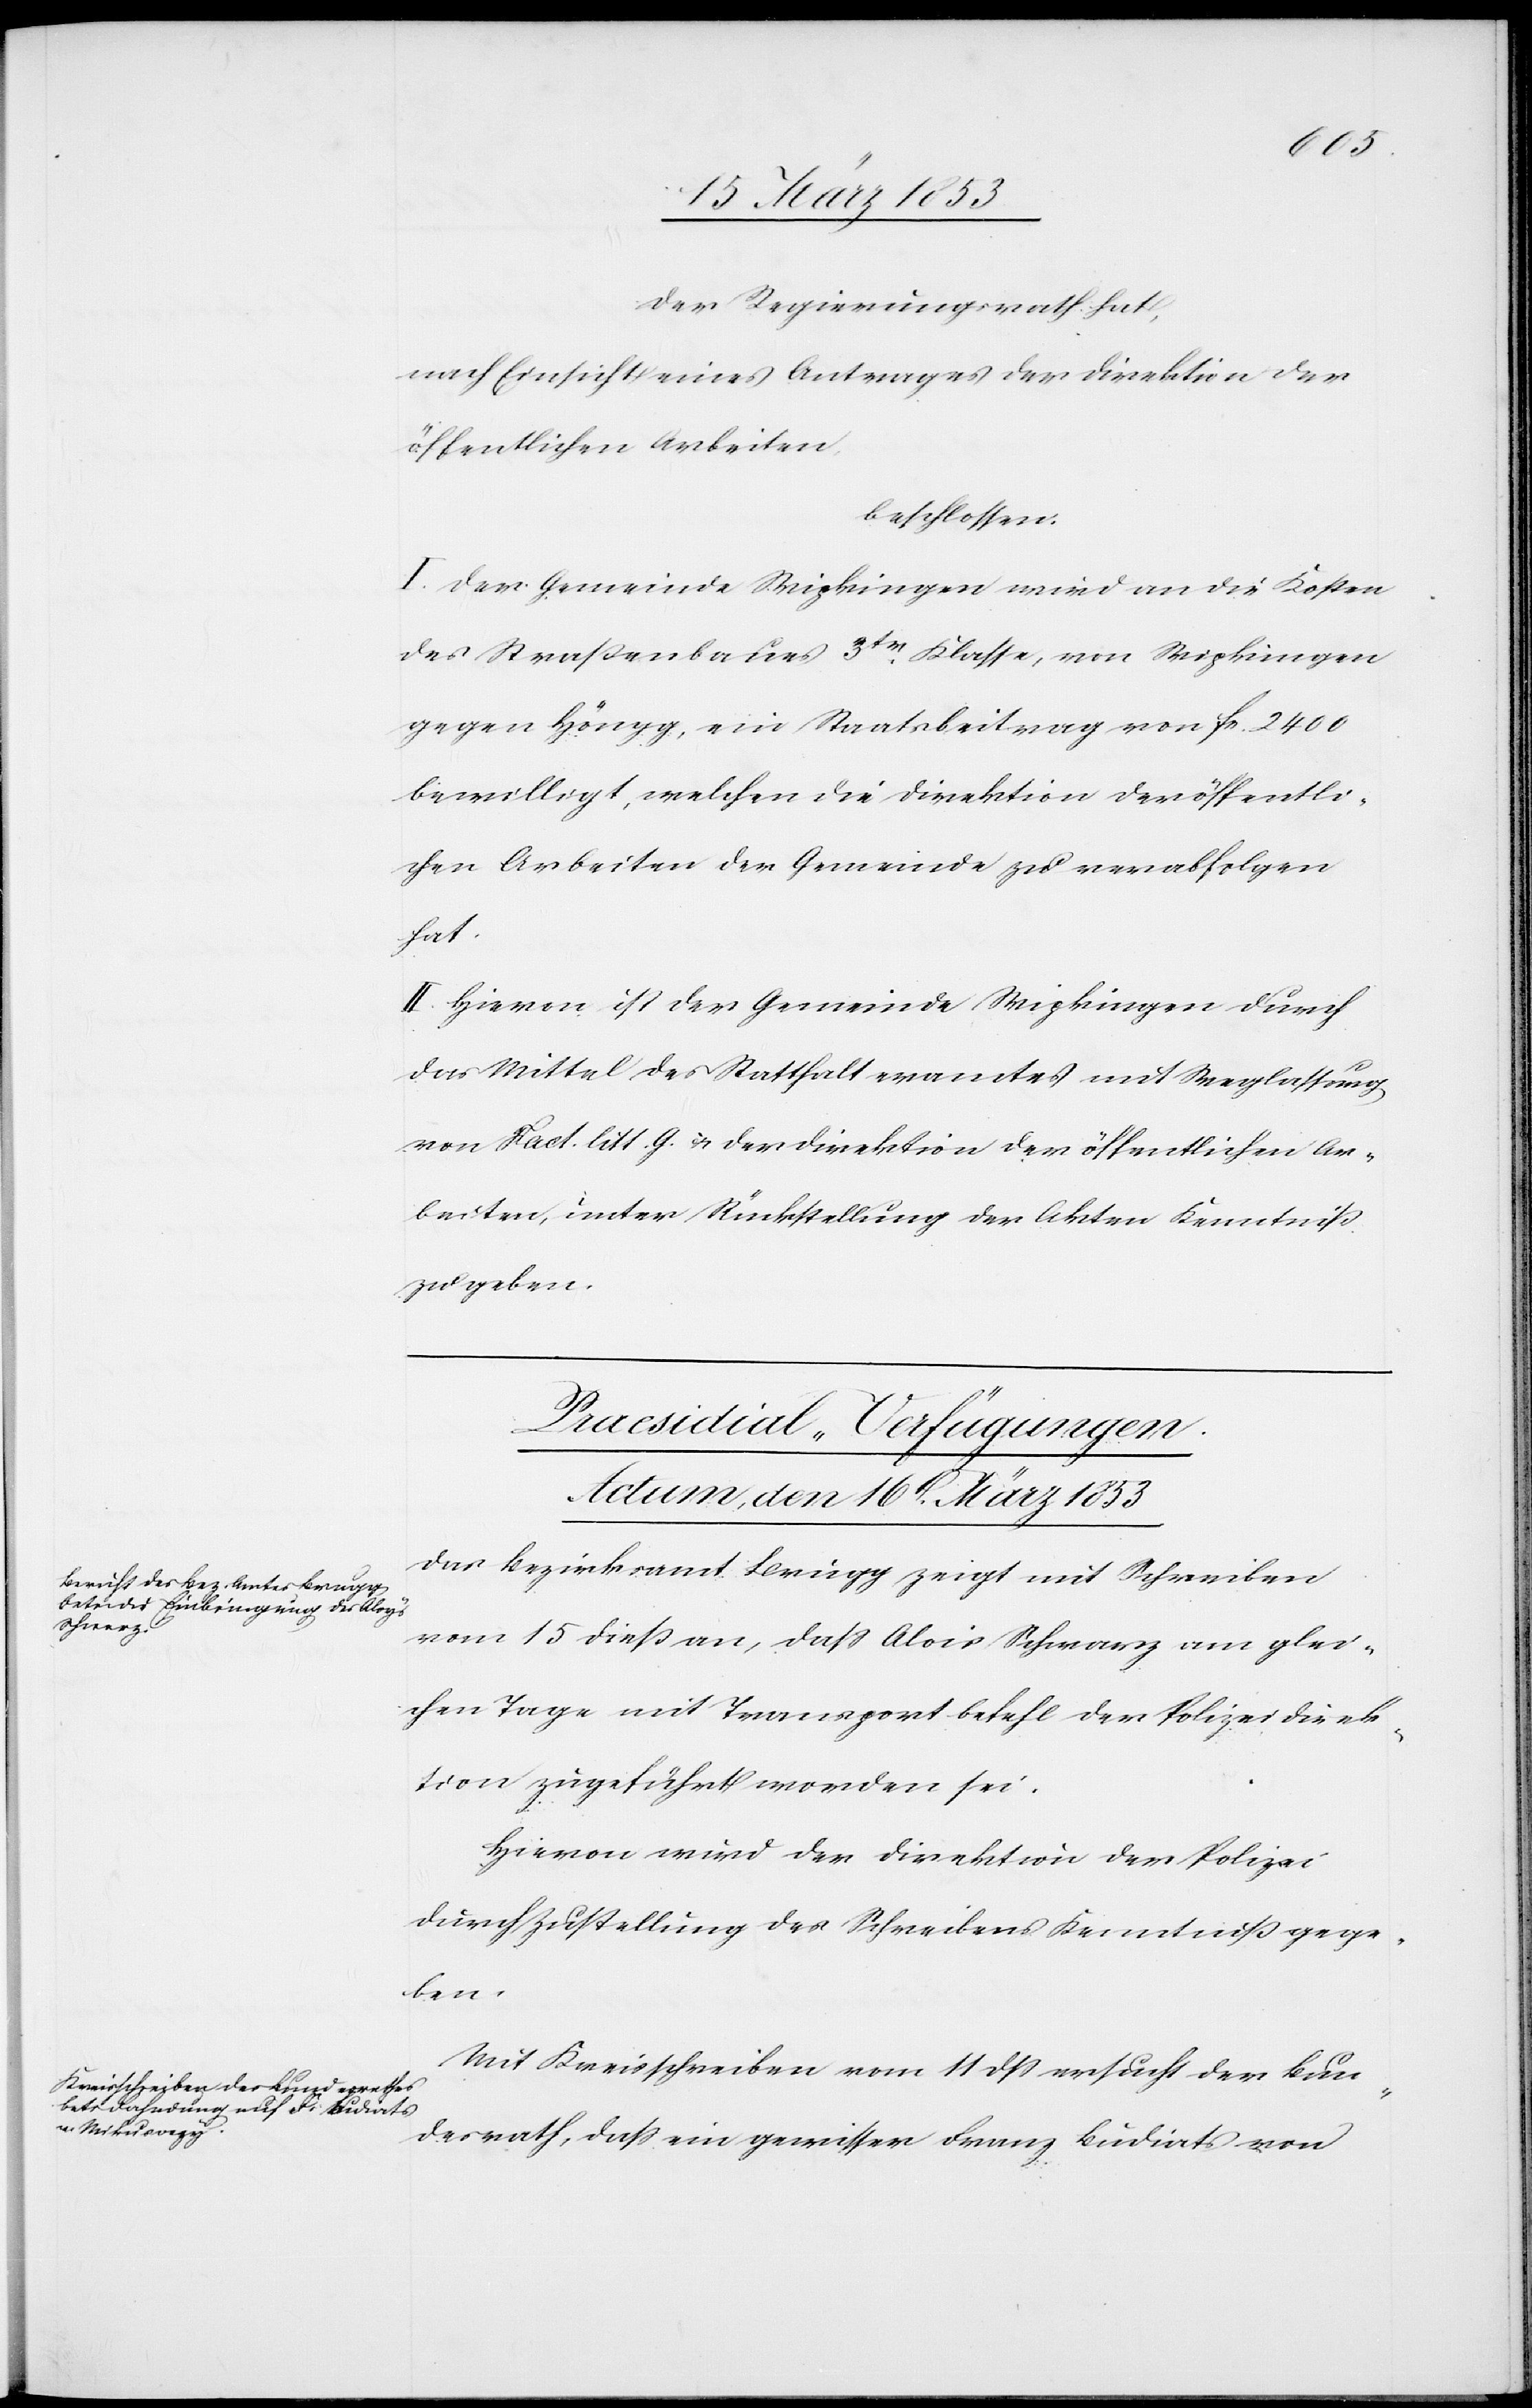
1853]
Der Regierungsrath hat,
nach Einsicht eines Antrages der Direktion der
öffentlichen Arbeiten
beschlossen:
I. Der Gemeinde Wipkingen wird an die Kosten
des Straßenbaues 3tr. Klasse, von Wipkingen
gegen Höngg, ein Staatsbeitrag von fr. 2400
bewilligt, welchen die Direktion der öffentli¬
chen Arbeiten der Gemeinde zu verabfolgen
hat.
II. Hievon ist der Gemeinde Wipkingen durch
das Mittel des Statthalteramtes und Weglassung
von Fact. litt. G. u. der Direktion der öffentlichen Ar¬
beiten, unter Rückstellung der Akten Kenntniß
zu geben.
[Praesidial-Verfügungen,
Das Bezirksamt Brugg zeigt mit Schreiben
vom 15 dieß an, daß Alois [sic!] Schwarz am glei¬
chen Tage mit Transportbefehl der Polizeidirek¬
tion zugeführt worden sei.
Hievon wird der Direktion der Polizei
durch Zustellung des Schreibens Kenntniß gege¬
den
Mit Kreisschreiben vom 11 dß ersucht der Bun¬
desrath, daß ein gewisser Franz Bundiat von